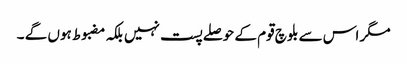
مگر اس سے بلوچ قوم کے حوصلے پست نہیں بلکہ مضبوط ہوں گے ۔